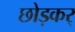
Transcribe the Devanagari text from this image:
छोड़कर्